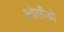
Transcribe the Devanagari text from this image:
ओर्लँडो